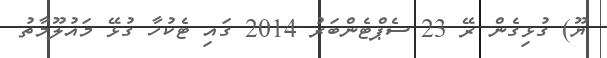
ޔޫ) ގުޅިގެން ރޭ 23 ސެޕްޓެންބަރު 2014 ގައި ޓެކުހާ ގުޅޭ މައުލޫމާތު